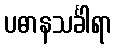
ပဓာနသင်္ခါရာ